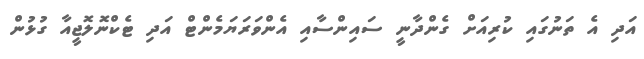
އަދި އެ ތަނުގައި ކުރިއަށް ގެންދާނީ ސައިންސާއި އެންވަރަޔަމެންޓް އަދި ޓެކްނޮލޮޖީއާ ގުޅުން